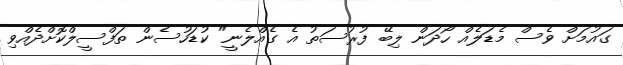
ގައުމަށް ވެސް މެޑަލެއް ހޯދަން ލިބޭ ފުރުސަތު އެ ގެއްލެނީ" ކުޑަހުސެން ތަފްސީލްކޮށްދެއްވި